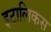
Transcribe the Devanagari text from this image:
इटालिकस